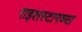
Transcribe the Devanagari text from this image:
राइशस्टागच्या